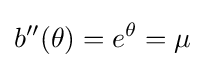
b''(\theta )=e^{\theta }=\mu